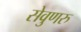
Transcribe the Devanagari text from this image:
सेवुणरु